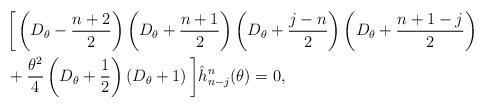
LaTeX: \begin{align*}&\bigg[\left(D_{\theta}-\frac{n+2}{2}\right)\left(D_{\theta}+\frac{n+1}{2}\right)\left(D_{\theta}+\frac{j-n}{2}\right)\left(D_{\theta}+\frac{n+1-j}{2}\right)\\&+\frac{\theta^2}{4}\left(D_{\theta}+\frac{1}{2}\right)\left(D_{\theta}+1\right)\bigg]\hat{h}^n_{n-j}(\theta)=0,\end{align*}